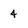
Character: 4